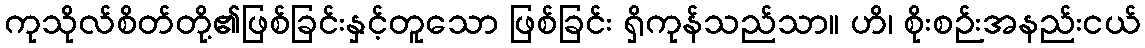
ကုသိုလ်စိတ်တို့၏ဖြစ်ခြင်းနှင့်တူသော ဖြစ်ခြင်း ရှိကုန်သည်သာ။ ဟိ၊ စိုးစဉ်းအနည်းငယ်